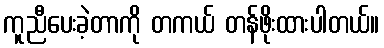
ကူညီပေးခဲ့တာကို တကယ် တန်ဖိုးထားပါတယ်။